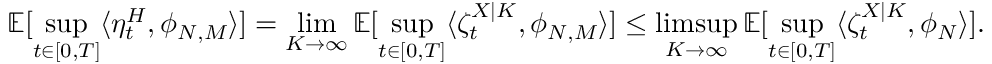
\mathbb { E } [ \operatorname* { s u p } _ { t \in [ 0 , T ] } \langle \eta _ { t } ^ { H } , \phi _ { N , M } \rangle ] = \operatorname* { l i m } _ { K \to \infty } \mathbb { E } [ \operatorname* { s u p } _ { t \in [ 0 , T ] } \langle \zeta _ { t } ^ { X | K } , \phi _ { N , M } \rangle ] \leq \operatorname* { l i m s u p } _ { K \to \infty } \mathbb { E } [ \operatorname* { s u p } _ { t \in [ 0 , T ] } \langle \zeta _ { t } ^ { X | K } , \phi _ { N } \rangle ] .